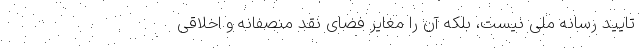
تایید رسانه ملی نیست، بلکه آن را مغایر فضای نقد منصفانه و اخلاقی